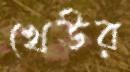
খেউর